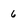
Character: 6